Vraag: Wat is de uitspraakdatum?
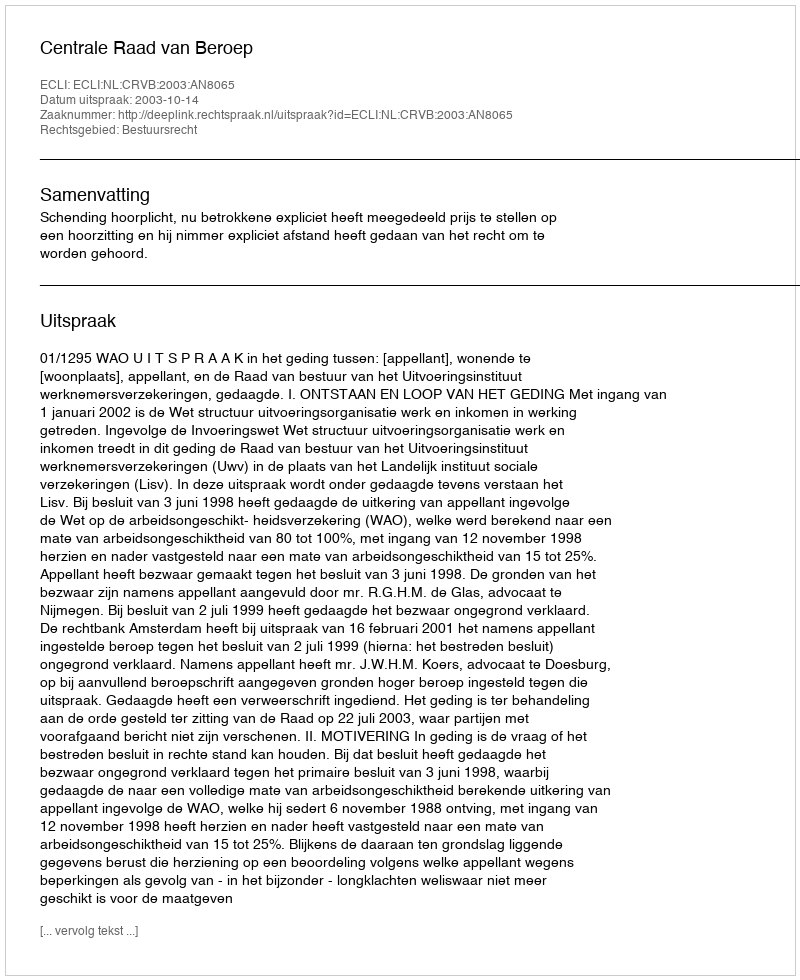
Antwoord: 2003-10-14